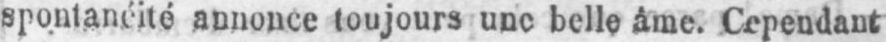
spontanéité annonce toujours une belle âme. Cependant